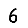
Digit: 6